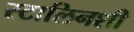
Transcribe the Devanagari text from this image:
स्टालिनशी